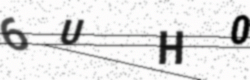
Text: 6UH0